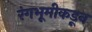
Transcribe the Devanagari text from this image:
रंगभूमीकडून